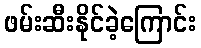
ဖမ်းဆီးနိုင်ခဲ့ကြောင်း